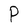
Character: P